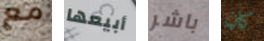
مع أبيعها باشر كان